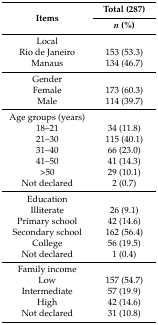
<table><thead><tr><td rowspan="2"><b>Items</b></td><td><b>Total (287)</b></td></tr><tr><td><b><i>n</i> (%)</b></td></tr></thead><tbody><tr><td>Local</td><td></td></tr><tr><td>Rio de Janeiro</td><td>153 (53.3)</td></tr><tr><td>Manaus</td><td>134 (46.7)</td></tr><tr><td>Gender</td><td></td></tr><tr><td>Female</td><td>173 (60.3)</td></tr><tr><td>Male</td><td>114 (39.7)</td></tr><tr><td>Age groups (years)</td><td></td></tr><tr><td>18–21</td><td>34 (11.8)</td></tr><tr><td>21–30</td><td>115 (40.1)</td></tr><tr><td>31–40</td><td>66 (23.0)</td></tr><tr><td>41–50</td><td>41 (14.3)</td></tr><tr><td>&gt;50</td><td>29 (10.1)</td></tr><tr><td>Not declared</td><td>2 (0.7)</td></tr><tr><td>Education</td><td></td></tr><tr><td>Illiterate</td><td>26 (9.1)</td></tr><tr><td>Primary school</td><td>42 (14.6)</td></tr><tr><td>Secondary school</td><td>162 (56.4)</td></tr><tr><td>College</td><td>56 (19.5)</td></tr><tr><td>Not declared</td><td>1 (0.4)</td></tr><tr><td>Family income</td><td></td></tr><tr><td>Low</td><td>157 (54.7)</td></tr><tr><td>Intermediate</td><td>57 (19.9)</td></tr><tr><td>High</td><td>42 (14.6)</td></tr><tr><td>Not declared</td><td>31 (10.8)</td></tr></tbody></table>